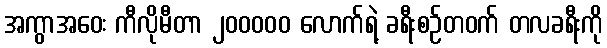
အကွာအဝေး ကီလိုမီတာ ၂၀၀၀၀၀ လောက်ရဲ့ ခရီးစဉ်တဝက် တလခရီးကို